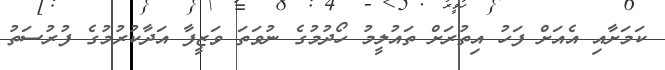
ކަމަށާއި އެއަށް ފަހު އިތުރަށް ތައުލީމު ހޯދުމުގެ ނުވަތަ ވަޒީފާ އަދާކުރުމުގެ ފުރުސަތު